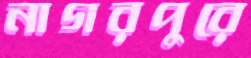
নাগরপুরে